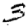
Digit: 3